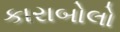
કારાબોલો